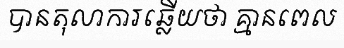
បានតុលាការឆ្លើយថា គ្មានពេល